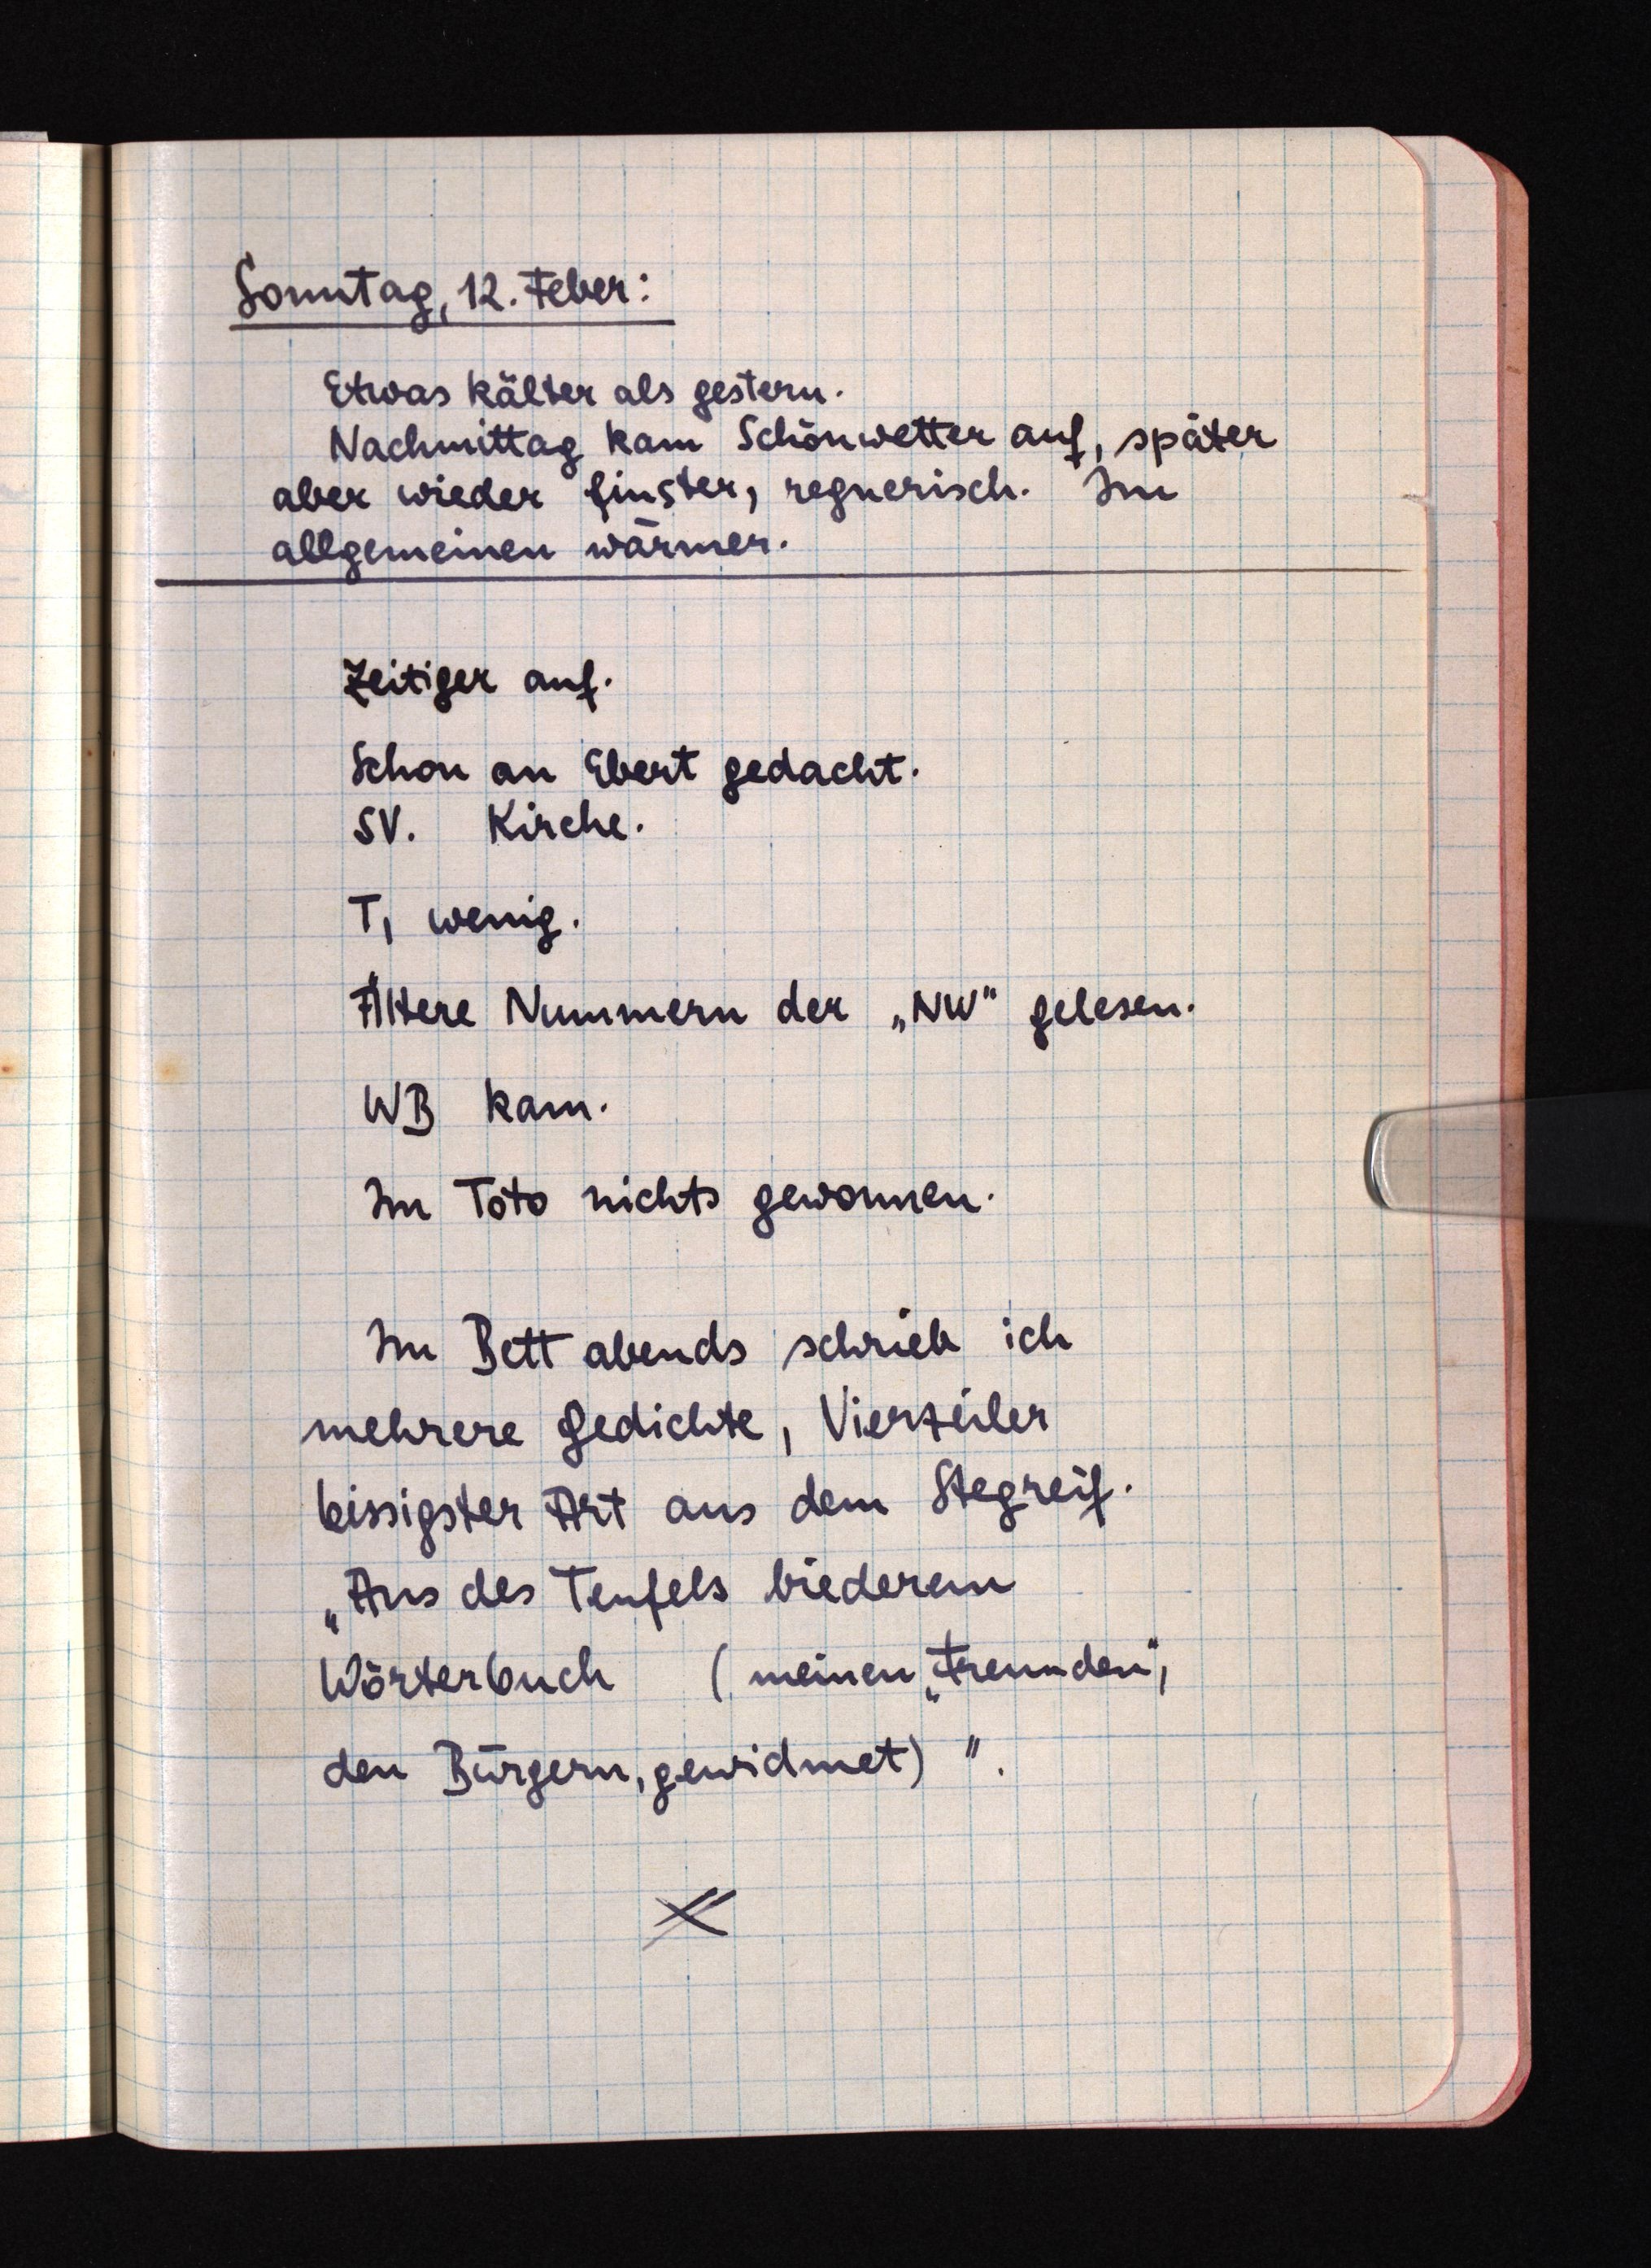
Sonntag, 12. Feber:
Etwas kälter als gestern.
Nachmittag kam Schönwetter auf, später
aber wieder finster, regnerisch. Im
allgemeinen wärmer.
Zeitiger auf.
Schon an Ebert gedacht.
SV. Kirche.
T, wenig.
Ältere Nummern der "NW" gelesen.
WB kam.
Im Toto nichts gewonnen.
Im Bett abends schrieb ich
mehrere Gedichte, Vierzeiler
bissigster Art aus dem Stegreif.
"Aus des Teufels biederem
Wörterbuch (meinen "Freunden",
den Bürgern, gewidmet)"